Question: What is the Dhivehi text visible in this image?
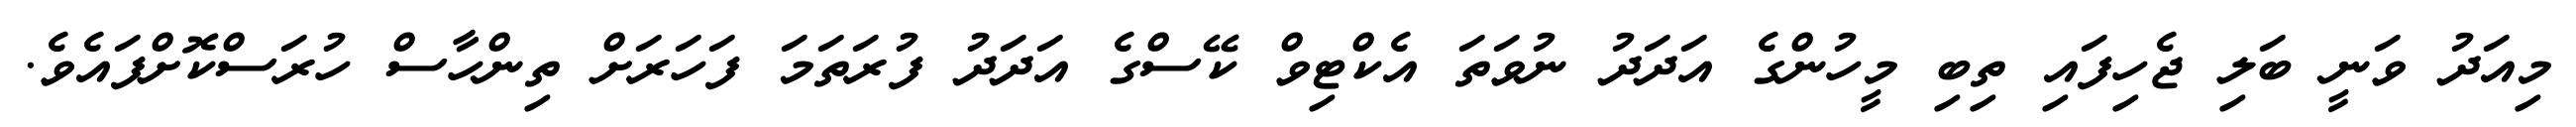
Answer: މިއަދު ވަނީ ބަލި ޖެހިފައި ތިބި މީހުންގެ އަދަދު ނުވަތަ އެކްޓިވް ކޭސްގެ އަދަދު ފުރަތަމަ ފަހަރަށް ތިންހާސް ހުރަސްކޮށްފައެވެ.